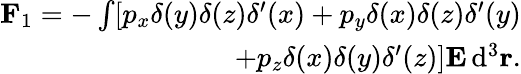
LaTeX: \begin{array}{r}{\mathbf F_{1}=-\int[p_{x}\delta(y)\delta(z)\delta^{\prime}(x)+p_{y}\delta(x)\delta(z)\delta^{\prime}(y)}\\ {+p_{z}\delta(x)\delta(y)\delta^{\prime}(z)]\mathbf E\, \mathrm{d}^{3}\mathbf r.}\end{array}